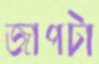
জাপটা